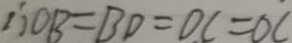
\therefore O B = B D = O C = O C